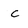
Character: c